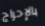
بالإحراج